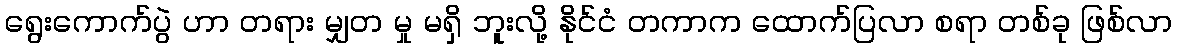
ရွေးကောက်ပွဲ ဟာ တရား မျှတ မှု မရှိ ဘူးလို့ နိုင်ငံ တကာက ထောက်ပြလာ စရာ တစ်ခု ဖြစ်လာ